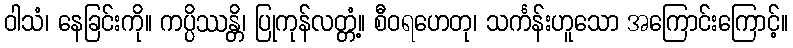
ဝါသံ၊ နေခြင်းကို။ ကပ္ပိဿန္တိ၊ ပြုကုန်လတ္တံ့။ စီဝရဟေတု၊ သင်္ကန်းဟူသော အကြောင်းကြောင့်။